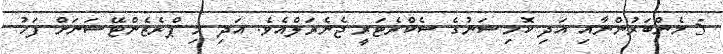
5 މެންބަރުންނާއި އަދި ކޮމިޝަނުގެ ސެކްރެޓަރީ ޖެނެރަލްއެވެ. އަދި މި ޕްރެޒެންޓޭޝަނަށް ފަހު